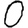
Digit: 0